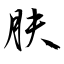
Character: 肤